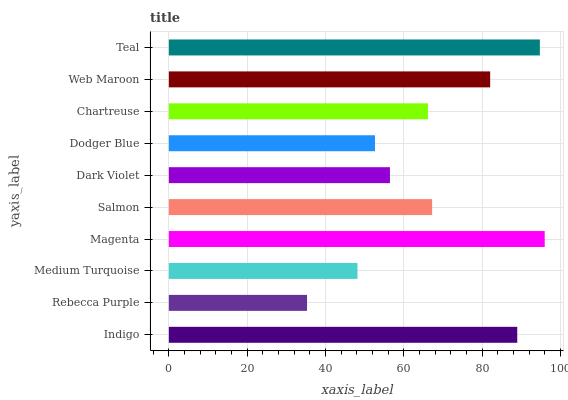
| yaxis_label | bars |
 | --- | --- |
 | Indigo | 89 |
 | Rebecca Purple | 35.3 |
 | Medium Turquoise | 48.2 |
 | Magenta | 96 |
 | Salmon | 67.2 |
 | Dark Violet | 56.5 |
 | Dodger Blue | 52.6 |
 | Chartreuse | 66.2 |
 | Web Maroon | 82 |
 | Teal | 94.7 |